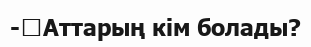
-	Аттарың кім болады?